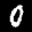
Label: 0